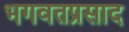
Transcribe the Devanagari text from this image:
भगवतप्रसाद